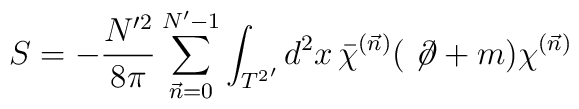
S = -\frac{N'^2}{8\pi}\sum_{\vec{n}=0}^{N'-1}\int_{{T^2}'} d^2x\,\bar{\chi}^{(\vec{n})}( \; \not\!\partial + m)\chi^{(\vec{n})}